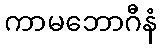
ကာမဘောဂီနံ